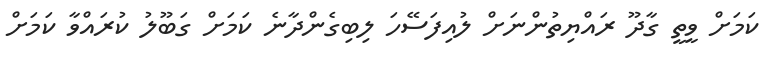
ކަމަށް ވީތީ ގާދޫ ރައްޔިތުންނަށް ލުއިފަސޭހަ ލިބިގެންދާނެ ކަމަށް ގަބޫލު ކުރައްވާ ކަމަށް